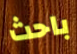
باحث